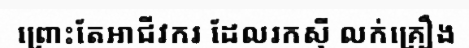
ព្រោះតែអាជីវករ ដែលរកស៊ី លក់គ្រឿង